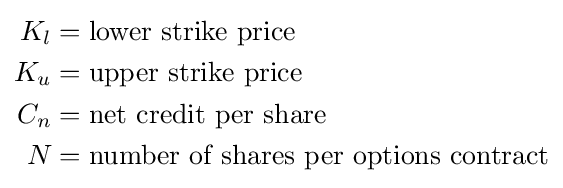
{\begin{aligned}K_{l}&={\text{lower strike price}}\\K_{u}&={\text{upper strike price}}\\C_{n}&={\text{net credit per share}}\\N&={\text{number of shares per options contract}}\end{aligned}}